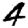
Digit: 4